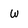
Character: w